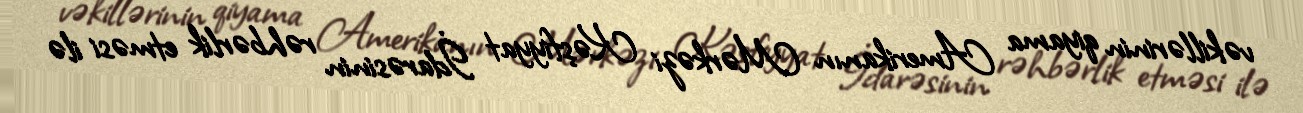
vəkillərinin qiyama Amerikanın Mərkəzi Kəşfiyyat İdarəsinin rəhbərlik etməsi ilə